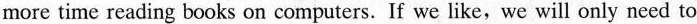
more time reading books on computers. If we like,we will only need to